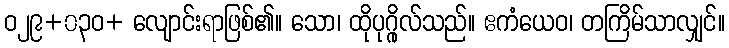
ဝ၂၉+၀၃ဝ+ လျောင်းရာဖြစ်၏။ သော၊ ထိုပုဂ္ဂိုလ်သည်။ ဧကံယေဝ၊ တကြိမ်သာလျှင်။